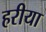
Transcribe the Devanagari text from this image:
हरीया